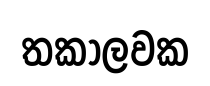
තකාලවක